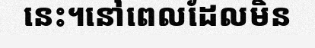
នេះ។នៅពេលដែលមិន